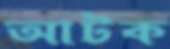
আটক